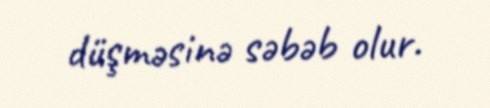
düşməsinə səbəb olur.